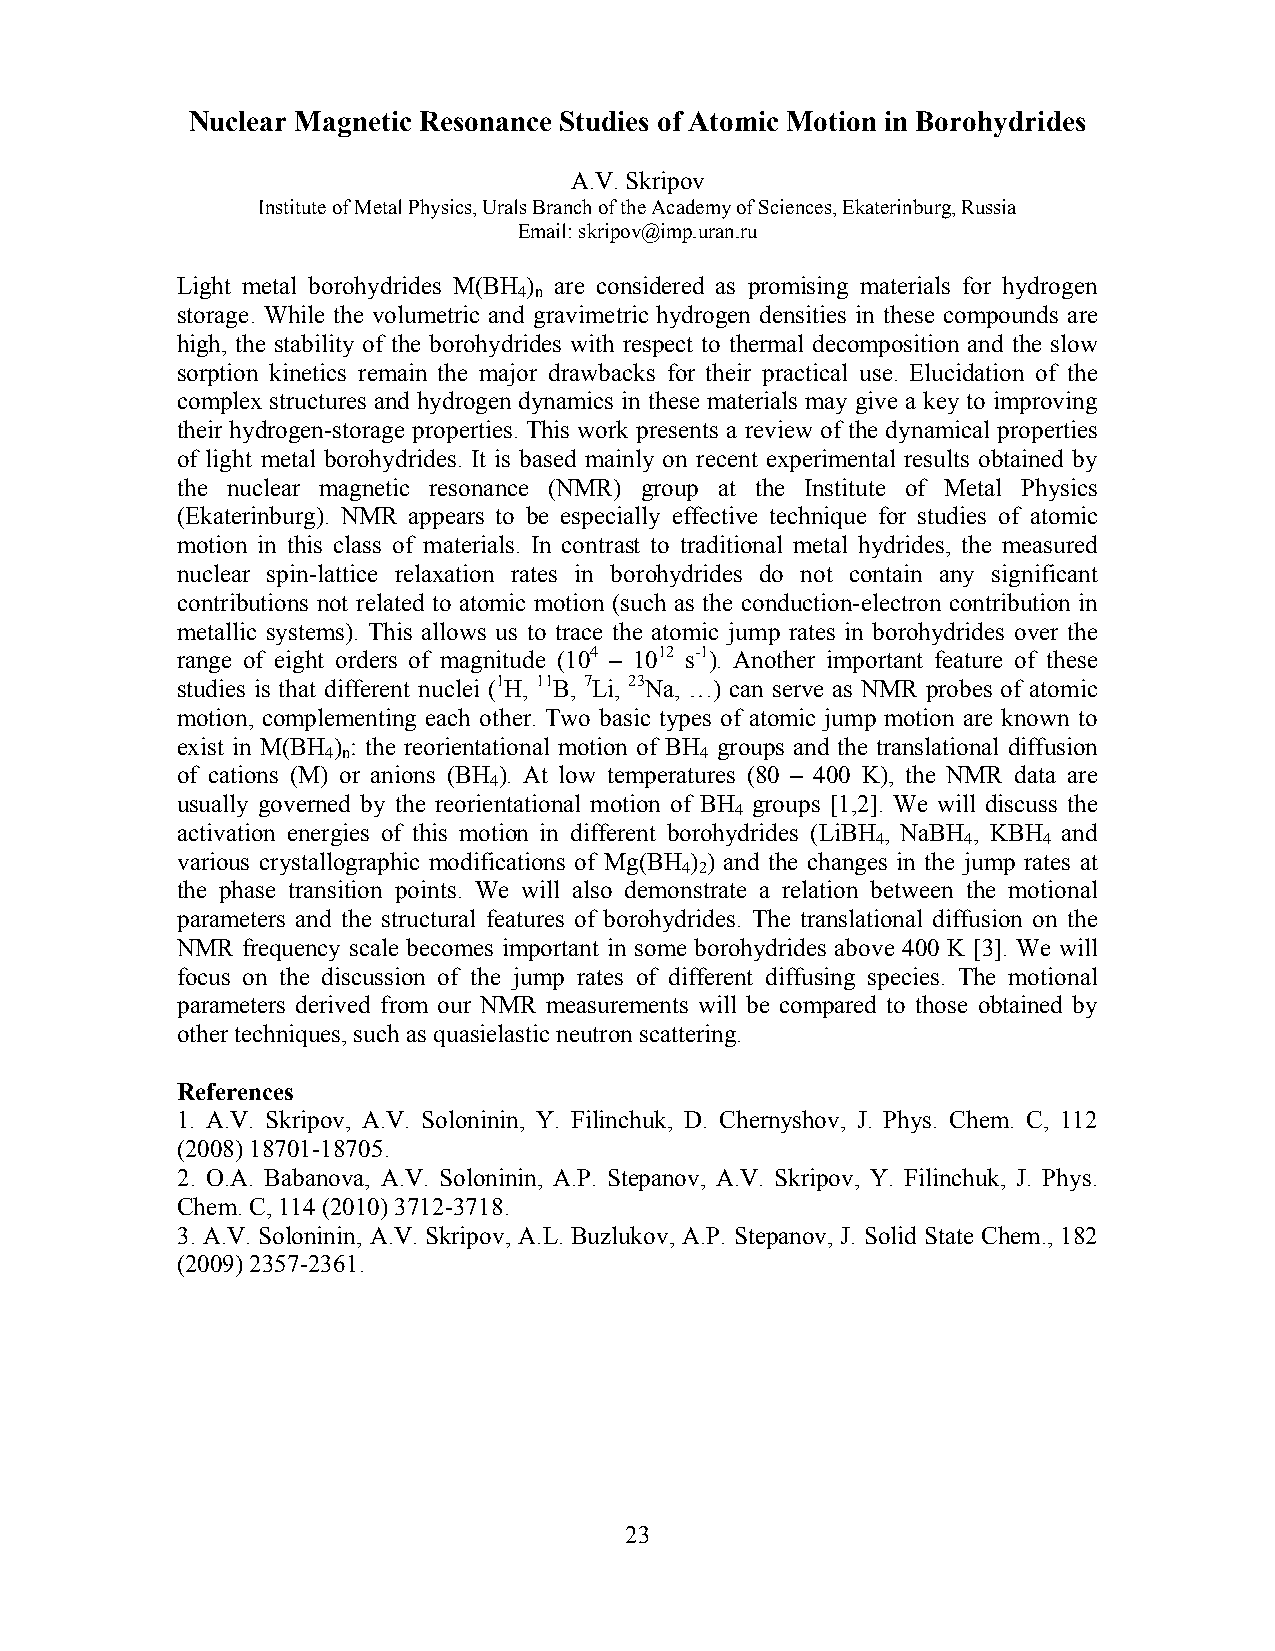
Nuclear Magnetic Resonance Studies of Atomic Motion in Borohydrides
 A.V. Skripov
 Institute of Metal Physics, Urals Branch of the Academy of Sciences, Ekaterinburg, Russia
 Email: skripov@imp.uran.ru
 Light metal borohydrides M(BH ) are considered as promising materials for hydrogen
 4 n
 storage. While the volumetric and gravimetric hydrogen densities in these compounds are
 high, the stability of the borohydrides with respect to thermal decomposition and the slow
 sorption kinetics remain the major drawbacks for their practical use. Elucidation of the
 complex structures and hydrogen dynamics in these materials may give a key to improving
 their hydrogen-storage properties. This work presents a review of the dynamical properties
 of light metal borohydrides. It is based mainly on recent experimental results obtained by
 the nuclear magnetic resonance (NMR) group at the Institute of Metal Physics
 (Ekaterinburg). NMR appears to be especially effective technique for studies of atomic
 motion in this class of materials. In contrast to traditional metal hydrides, the measured
 nuclear spin-lattice relaxation rates in borohydrides do not contain any significant
 contributions not related to atomic motion (such as the conduction-electron contribution in
 metallic systems). This allows us to trace the atomic jump rates in borohydrides over the
 range of eight orders of magnitude (104 – 1012 s-1). Another important feature of these
 studies is that different nuclei (1H, 11B, 7Li, 23Na, …) can serve as NMR probes of atomic
 motion, complementing each other. Two basic types of atomic jump motion are known to
 exist in M(BH ) : the reorientational motion of BH groups and the translational diffusion
 4 n                     4
 of cations (M) or anions (BH ). At low temperatures (80 – 400 K), the NMR data are
 4
 usually governed by the reorientational motion of BH groups [1,2]. We will discuss the
 4
 activation energies of this motion in different borohydrides (LiBH , NaBH , KBH and
 4     4    4
 various crystallographic modifications of Mg(BH ) ) and the changes in the jump rates at
 4 2
 the phase transition points. We will also demonstrate a relation between the motional
 parameters and the structural features of borohydrides. The translational diffusion on the
 NMR frequency scale becomes important in some borohydrides above 400 K [3]. We will
 focus on the discussion of the jump rates of different diffusing species. The motional
 parameters derived from our NMR measurements will be compared to those obtained by
 other techniques, such as quasielastic neutron scattering.
 References
 1. A.V. Skripov, A.V. Soloninin, Y. Filinchuk, D. Chernyshov, J. Phys. Chem. C, 112
 (2008) 18701-18705.
 2. O.A. Babanova, A.V. Soloninin, A.P. Stepanov, A.V. Skripov, Y. Filinchuk, J. Phys.
 Chem. C, 114 (2010) 3712-3718.
 3. A.V. Soloninin, A.V. Skripov, A.L. Buzlukov, A.P. Stepanov, J. Solid State Chem., 182
 (2009) 2357-2361.
 23